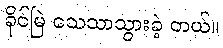
ခိုင်မြဲ သေသာသွားခဲ့ တယ်။